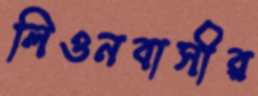
লিওনবাসীর